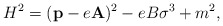
\begin{align*}H^2 = ({\bf p} - e{\bf A})^2 - eB \sigma^3 + m^2,\end{align*}